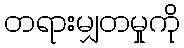
တရားမျှတမှုကို